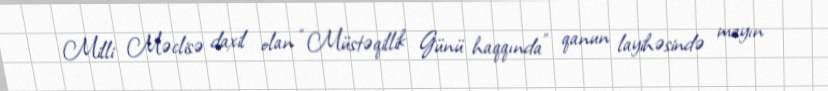
Milli Məclisə daxil olan “Müstəqillik Günü haqqında” qanun layihəsində mayın